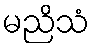
မညိသံ